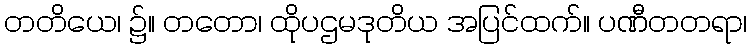
တတိယေ၊ ၌။ တတော၊ ထိုပဌမဒုတိယ အပြင်ထက်။ ပဏီတတရာ၊